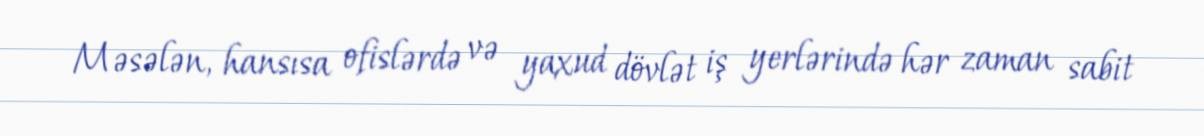
Məsələn, hansısa ofislərdə və yaxud dövlət iş yerlərində hər zaman sabit